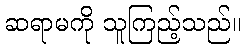
ဆရာမကို သူကြည့်သည်။